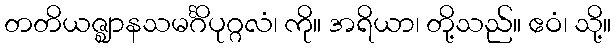
တတိယဇ္ဈာနသမင်္ဂိပုဂ္ဂလံ၊ ကို။ အရိယာ၊ တို့သည်။ ဧဝံ၊ သို့။